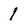
Character: l